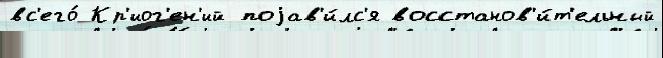
вс'его́ Кр'иог'ен'ий поjав'и́лс'я восстанов'и́т'ельный